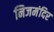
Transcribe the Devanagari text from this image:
निजमंदिर